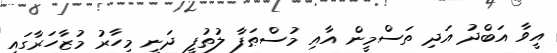
އީވާ އަބްދު އަދި ތަސްމީން އާއި މުސްޠަފާ ލުތުފީ ދަނީ މިހާރު މުޒާހަރާގައި